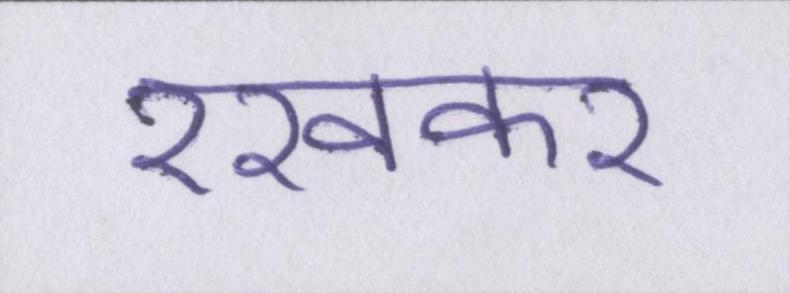
रखकर